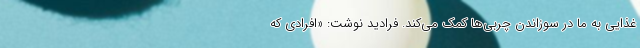
غذایی به ما در سوزاندن چربی‌ها کمک می‌کند. فرادید نوشت: «افرادی که